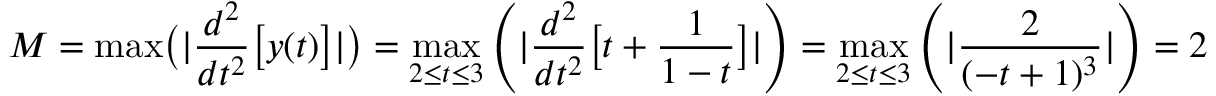
M = { \mathrm { m a x } } { \bigl ( } | { \frac { d ^ { 2 } } { d t ^ { 2 } } } { \bigl [ } y ( t ) { \bigr ] } | { \bigr ) } = \operatorname* { m a x } _ { 2 \leq t \leq 3 } \left( | { \frac { d ^ { 2 } } { d t ^ { 2 } } } { \bigl [ } t + { \frac { 1 } { 1 - t } } { \bigr ] } | \right) = \operatorname* { m a x } _ { 2 \leq t \leq 3 } \left( | { \frac { 2 } { ( - t + 1 ) ^ { 3 } } } | \right) = 2